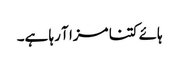
ہائے کتنا مزا آ رہا ہے۔